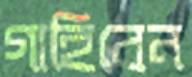
গাহিবেন